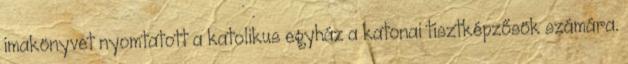
imakönyvet nyomtatott a katolikus egyház a katonai tisztképzősök számára.